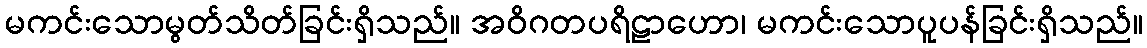
မကင်းသောမွတ်သိတ်ခြင်းရှိသည်။ အဝိဂတပရိဠာဟော၊ မကင်းသောပူပန်ခြင်းရှိသည်။